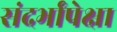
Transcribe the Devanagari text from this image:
संदर्भांपेक्षा